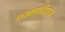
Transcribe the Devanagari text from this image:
धम्मपरियाय